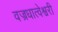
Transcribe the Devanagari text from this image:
वज्रधात्वेश्वरी